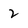
Character: 2